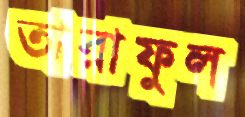
তারাফুল